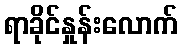
ရာခိုင်နှုန်းလောက်